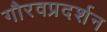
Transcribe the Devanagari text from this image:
गौरवप्रदर्शन